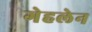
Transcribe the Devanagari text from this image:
गेहलेन